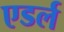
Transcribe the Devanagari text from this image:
एडर्ल